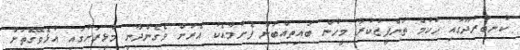
ކުނބުރުދޫގައި ހުކުމް ތަންފީޒުކުރާ މީހުން ބައިތިއްބަން ފެށުމާއެކު އެރަށް ވެގެންދާނީ މުޅިރަށުގައި އުޅެވޭގޮތަށް